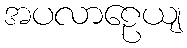
အပလာဠေယျ